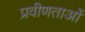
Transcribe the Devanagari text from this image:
प्रवीणताओं